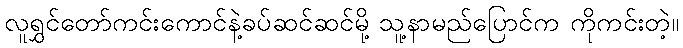
လူရွှင်တော်ကင်းကောင်နဲ့ခပ်ဆင်ဆင်မို့ သူ့နာမည်ပြောင်က ကိုကင်းတဲ့။